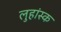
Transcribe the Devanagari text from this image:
लुहांस्क